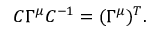
C \Gamma ^ { \mu } C ^ { - 1 } = ( \Gamma ^ { \mu } ) ^ { T } .